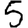
Digit: 5